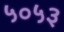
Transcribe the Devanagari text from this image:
५०५३